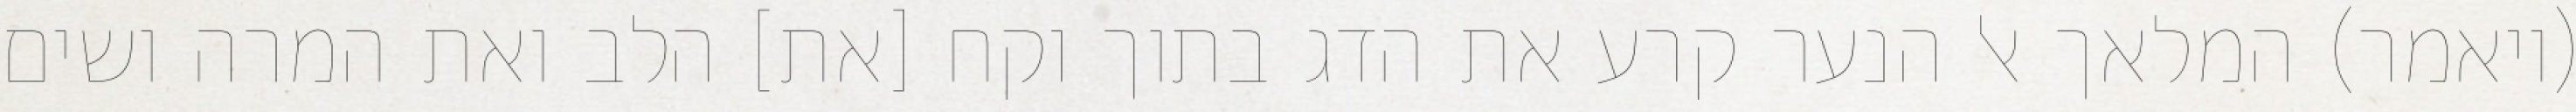
(ויאמר) המלאך אל הנער קרע את הדג בתוך וקח [את] הלב ואת המרה ושים